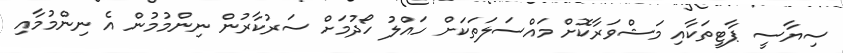
ސިޔާސީ ޕާޓީތަކާއި މަޝްވަރާކޮށް މައްސަލަތަކަށް ހައްލު ހޯދުމަށް ސަރުކާރުން ނިންމުމުން އެ ނިންމުމާއި